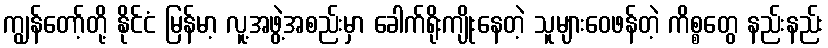
ကျွန်တော့်တို့ နိုင်ငံ မြန်မာ့ လူ့အဖွဲ့အစည်းမှာ ခေါက်ရိုးကျိုးနေတဲ့ သူများဝေဖန်တဲ့ ကိစ္စတွေ နည်းနည်း